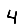
Digit: 4